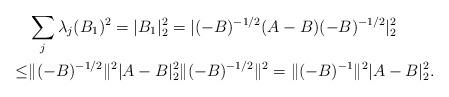
LaTeX: \begin{align*}&\sum_j\lambda_j(B_1)^2=|B_1|_2^2=|( -B)^{-1/2}(A-B)( -B)^{-1/2}|_2^2\\ \leq&\|( -B)^{-1/2}\|^2|A-B|_2^2\|( -B)^{-1/2}\|^2=\|( -B)^{-1}\|^2|A-B|_2^2.\end{align*}